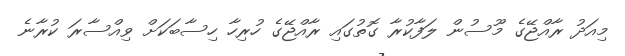
މިއަދު ރާއްޖޭގެ މޫސުން ލަފާކުރާ ގޮތުގައި ރާއްޖޭގެ ހުރިހާ ހިސާބަކަށް ވިއްސާރަ ކުރާނެ